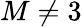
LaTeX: M\neq 3